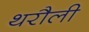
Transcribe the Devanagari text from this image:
थरौली